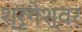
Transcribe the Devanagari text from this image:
श्रृंगेश्‍वर